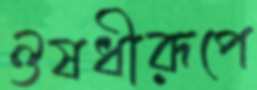
ঔষধীরূপে